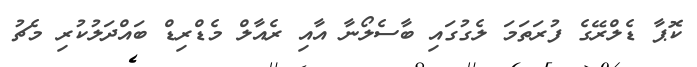
ކޮޕާ ޑެލްރޭގެ ފުރަތަމަ ލެގުގައި ބާސެލޯނާ އާއި ރެއާލް މެޑްރިޑް ބައްދަލުކުރި މެޗު